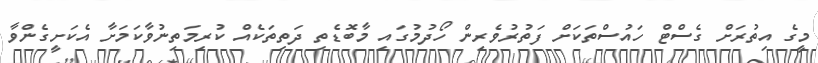
މީގެ އިތުރަށް ގެސްޓް ހައުސްތަކަށް ފަތުރުވެރިން ހޯދުމުގައި މާބޮޑެތި ދަތިތަކެއް ކުރިމަތިނުވާކަމަށާ އެކަށީގެންވާ